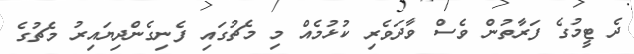
ދެ ޓީމުގެ ފަރާތުން ވެސް ވާދަވެރި ކުޅުމެއް މި މެޗުގައި ފެނިގެންދިޔައިރު މެޗުގެ